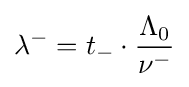
\lambda ^{-}=t_{-}\cdot {\frac {\Lambda _{0}}{\nu ^{-}}}